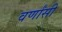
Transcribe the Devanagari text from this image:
वर्णांसी